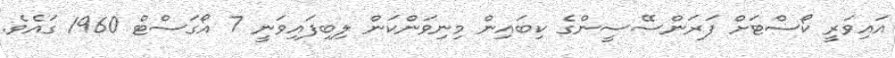
އައިވަރީ ކޯސްޓަށް ފަރަންސޭސީންގެ ކިބައިން މިނިވަންކަން ލިބިފައިވަނީ 7 އޯގަސްޓް 1960 ގައެވެ.